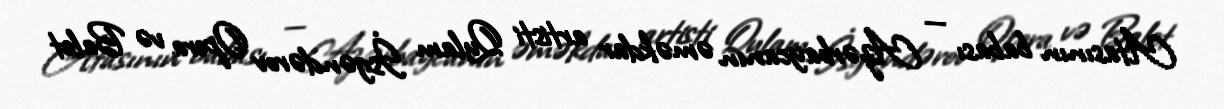
Atasının babası — Azərbaycanın əməkdar artisti Qulam İsgəndərov Opera və Balet